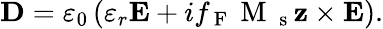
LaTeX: \mathbf{D}=\varepsilon_{0}\left(\varepsilon_{r}\mathbf{E}+if_{\mathrm{~F~}}\mathrm{~M~}_{\mathrm{~s~}}\mathbf{z}\times\mathbf{E}\right).